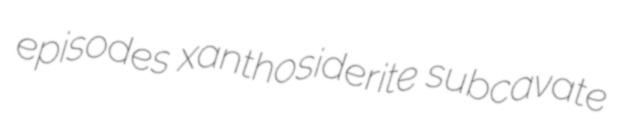
episodes xanthosiderite subcavate